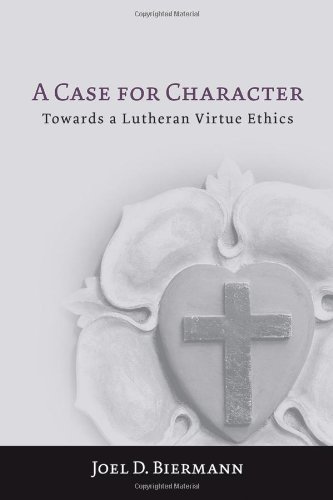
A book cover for A Case for Character: Towards a Lutheran Virtue Ethics; Joel D. Biermann; Christian Books & Bibles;